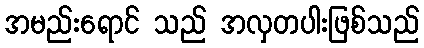
အမည်းရောင် သည် အလှတပါးဖြစ်သည်